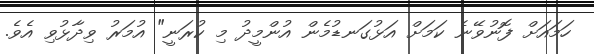
ހަމައަށް ފޮނުވޭނެ ކަމަށް އަޅުގަނޑުމެން އުންމީދު މި ކުރަނީ" އުމަރު ވިދާޅުވި އެވެ.